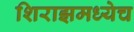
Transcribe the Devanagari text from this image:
शिराझमध्येच